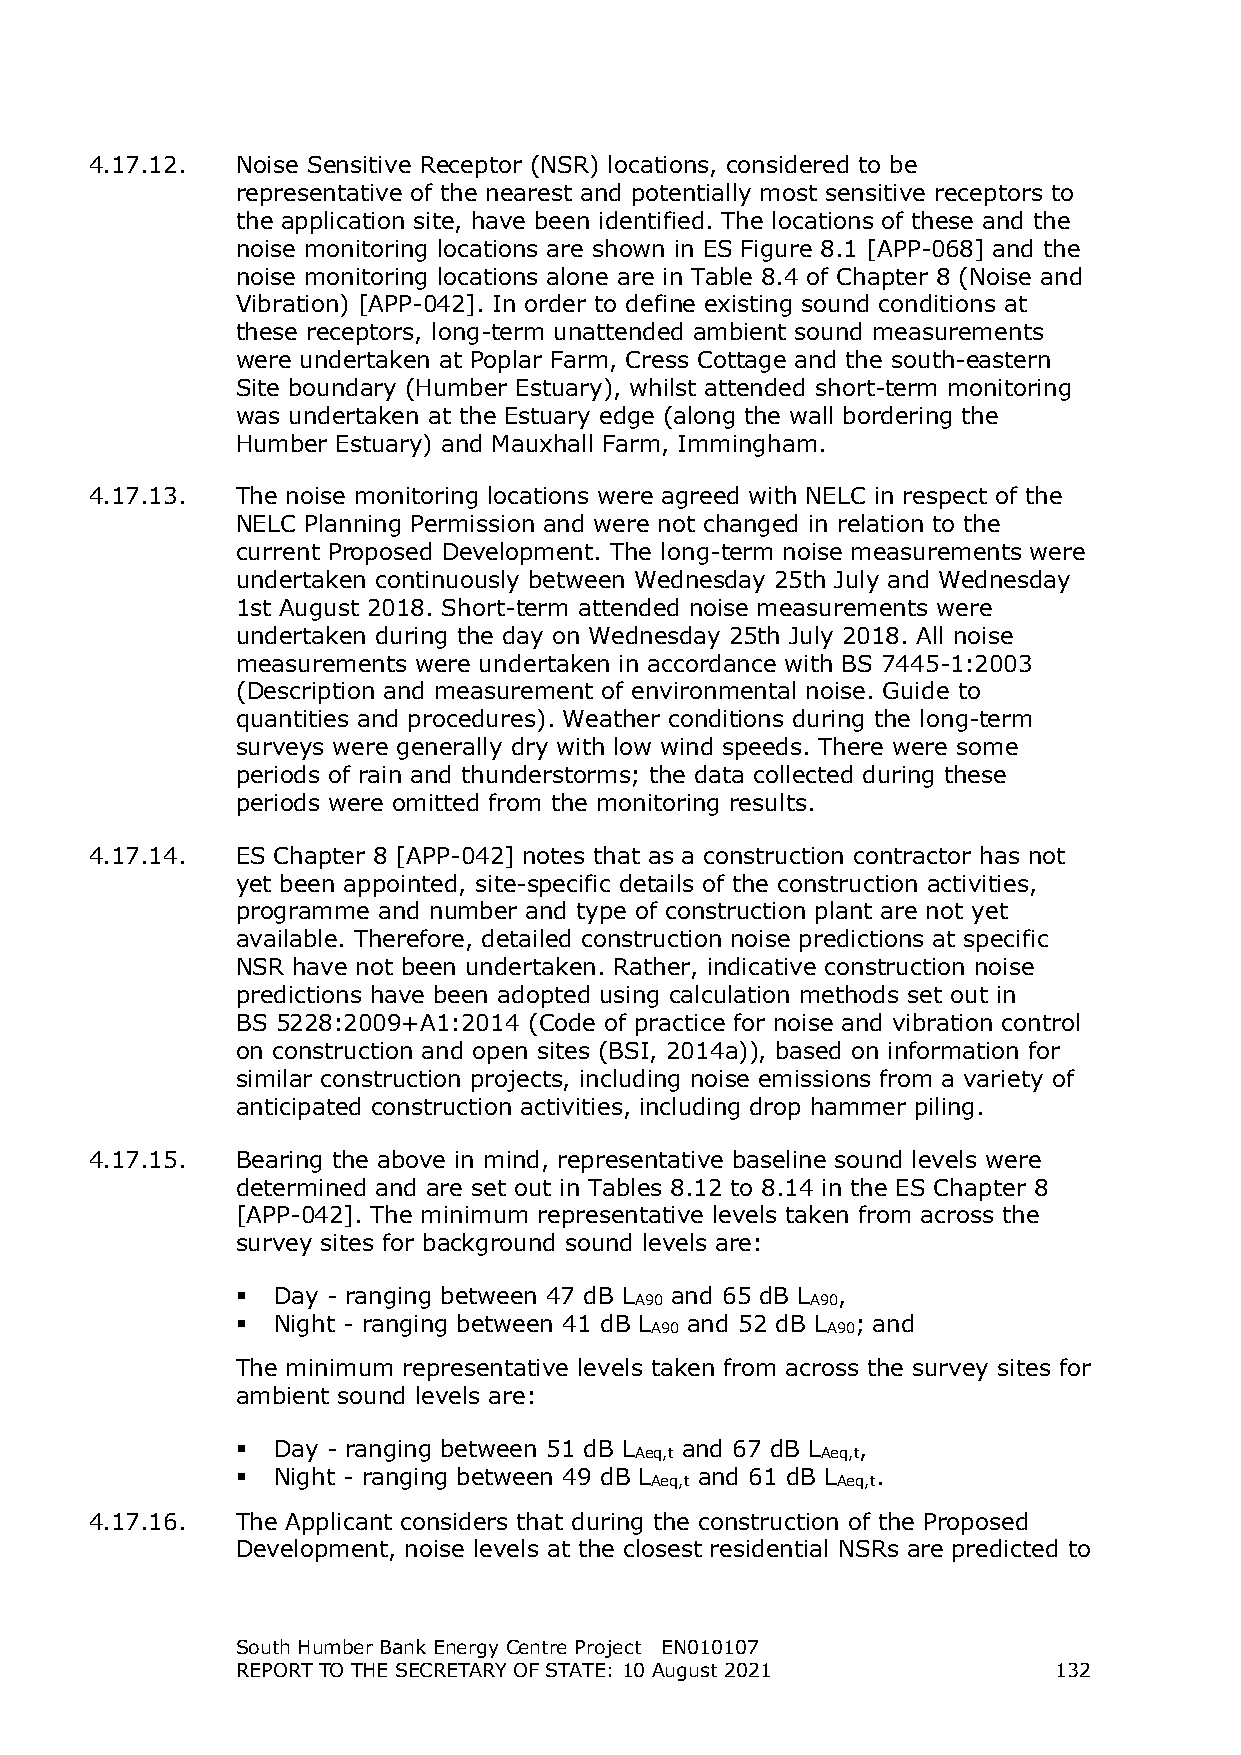
4.17.12.  Noise Sensitive Receptor (NSR) locations, considered to be
 representative of the nearest and potentially most sensitive receptors to
 the application site, have been identified. The locations of these and the
 noise monitoring locations are shown in ES Figure 8.1 [APP-068] and the
 noise monitoring locations alone are in Table 8.4 of Chapter 8 (Noise and
 Vibration) [APP-042]. In order to define existing sound conditions at
 these receptors, long-term unattended ambient sound measurements
 were undertaken at Poplar Farm, Cress Cottage and the south-eastern
 Site boundary (Humber Estuary), whilst attended short-term monitoring
 was undertaken at the Estuary edge (along the wall bordering the
 Humber Estuary) and Mauxhall Farm, Immingham.
 4.17.13.  The noise monitoring locations were agreed with NELC in respect of the
 NELC Planning Permission and were not changed in relation to the
 current Proposed Development. The long-term noise measurements were
 undertaken continuously between Wednesday 25th July and Wednesday
 1st August 2018. Short-term attended noise measurements were
 undertaken during the day on Wednesday 25th July 2018. All noise
 measurements were undertaken in accordance with BS 7445-1:2003
 (Description and measurement of environmental noise. Guide to
 quantities and procedures). Weather conditions during the long-term
 surveys were generally dry with low wind speeds. There were some
 periods of rain and thunderstorms; the data collected during these
 periods were omitted from the monitoring results.
 4.17.14.  ES Chapter 8 [APP-042] notes that as a construction contractor has not
 yet been appointed, site-specific details of the construction activities,
 programme and number and type of construction plant are not yet
 available. Therefore, detailed construction noise predictions at specific
 NSR have not been undertaken. Rather, indicative construction noise
 predictions have been adopted using calculation methods set out in
 BS 5228:2009+A1:2014 (Code of practice for noise and vibration control
 on construction and open sites (BSI, 2014a)), based on information for
 similar construction projects, including noise emissions from a variety of
 anticipated construction activities, including drop hammer piling.
 4.17.15.  Bearing the above in mind, representative baseline sound levels were
 determined and are set out in Tables 8.12 to 8.14 in the ES Chapter 8
 [APP-042]. The minimum representative levels taken from across the
 survey sites for background sound levels are:
  Day - ranging between 47 dB L and 65 dB L ,
 A90         A90
  Night - ranging between 41 dB L and 52 dB L ; and
 A90         A90
 The minimum representative levels taken from across the survey sites for
 ambient sound levels are:
  Day - ranging between 51 dB L and 67 dB L ,
 Aeq,t       Aeq,t
  Night - ranging between 49 dB L and 61 dB L .
 Aeq,t       Aeq,t
 4.17.16.  The Applicant considers that during the construction of the Proposed
 Development, noise levels at the closest residential NSRs are predicted to
 South Humber Bank Energy Centre Project EN010107
 REPORT TO THE SECRETARY OF STATE: 10 August 2021      132